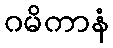
ဂမိကာနံ